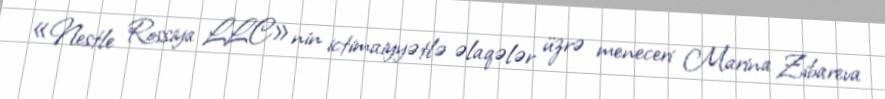
«Nestle Rossiya LLC»nin ictimaiyyətlə əlaqələr üzrə meneceri Marina Zibareva